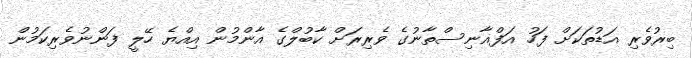
ބިރުވެރި އަޑުތަކަށް ފަހު އަފްޣާނިސްތާނުގެ ވެރިރަށް ކާބުލްގެ އާންމުން އިއްޔެ ހޭލީ ފަންނުވެރިކަމުން